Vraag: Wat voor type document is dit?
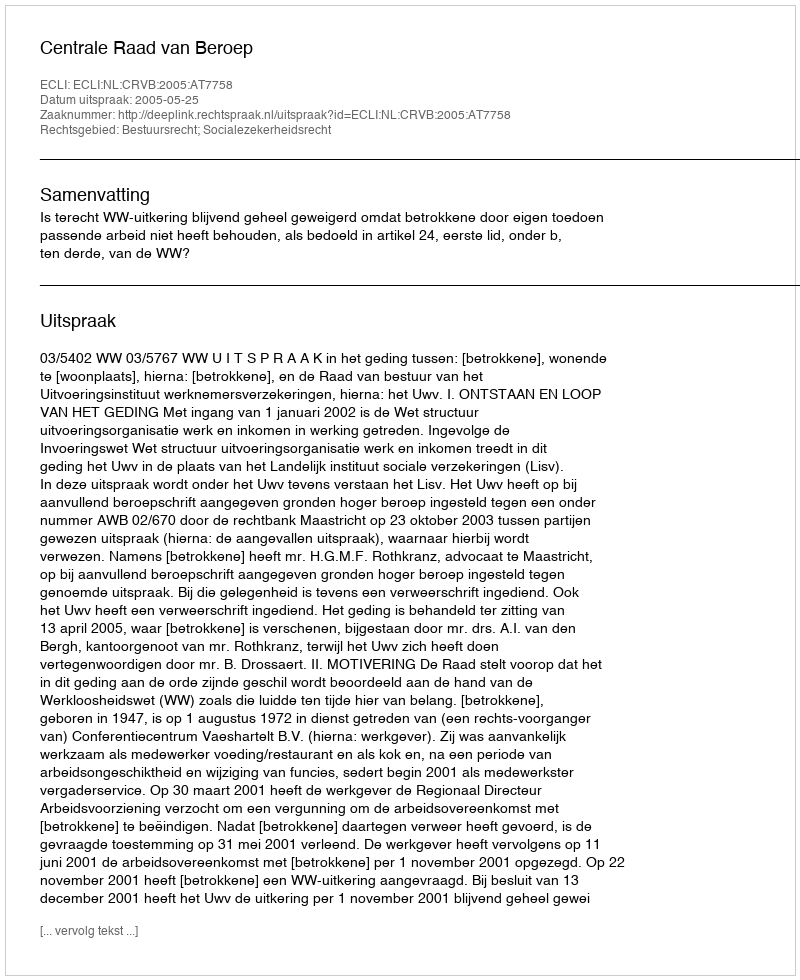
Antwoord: Uitspraak